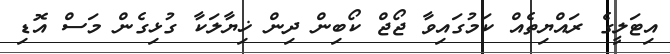
އިޓަލީގެ ރައްޔިތެއް ކަމުގައިވާ ޖޯޖް ކޯބިން ދިން ޚިޔާލަކާ ގުޅިގެން މަސް އޮޑި